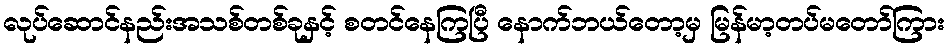
လုပ်ဆောင်နည်းအသစ်တစ်ခုနှင့် စတင်နေကြပြီ နောက်ဘယ်တော့မှ မြန်မာ့တပ်မတော်ကြား